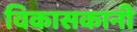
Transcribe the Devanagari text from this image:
विकासकानी